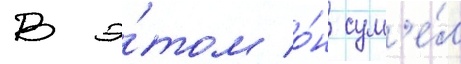
В э́том о́н сум'е́л